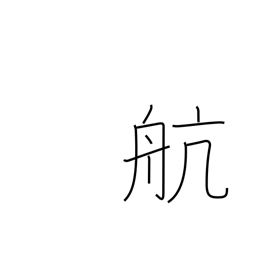
Meaning: cruise